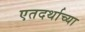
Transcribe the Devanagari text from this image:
एतदर्थाच्या